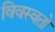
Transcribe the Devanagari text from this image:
विवस्वतो